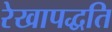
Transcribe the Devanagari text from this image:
रेखापद्धति